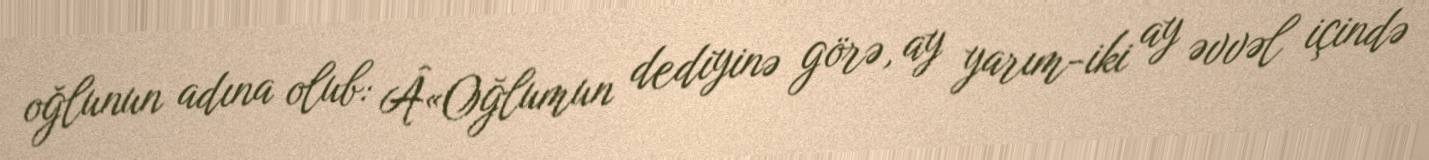
oğlunun adına olub: Â«Oğlumun dediyinə görə, ay yarım-iki ay əvvəl içində